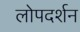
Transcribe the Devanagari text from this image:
लोपदर्शन